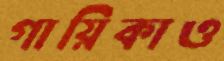
গায়িকাও